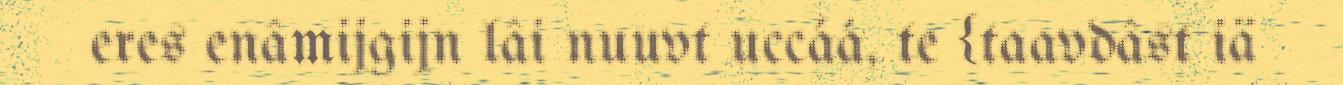
eres enâmijgijn lâi nuuvt uccáá, te {taavdâst iä